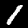
Label: 1